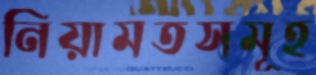
নিয়ামতসমূহ